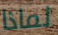
لماذا